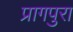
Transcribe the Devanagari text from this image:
प्रागपुरा